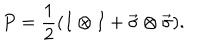
P = \frac { 1 } { 2 } ( I \otimes I + \vec { \sigma } \otimes \vec { \sigma } ) .